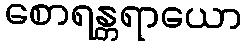
စောရန္တရာယော